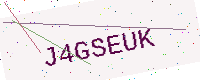
Text: J4GSEUK